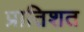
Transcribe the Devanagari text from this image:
प्रातिशत